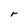
Character: r